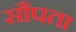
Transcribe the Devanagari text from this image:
सौपता